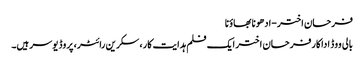
فرحان اختر-ادھونا بھاؤنا
بالی ووڈ اداکارفرحان اختر ایک فلم ہدایت کار، سکرین رائٹر، پروڈ یوسر ہیں۔